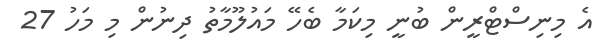
އެ މިނިސްޓްރީން ބުނީ މިކަމާ ބެހޭ މައުލޫމާތު ދިނުން މި މަހު 27